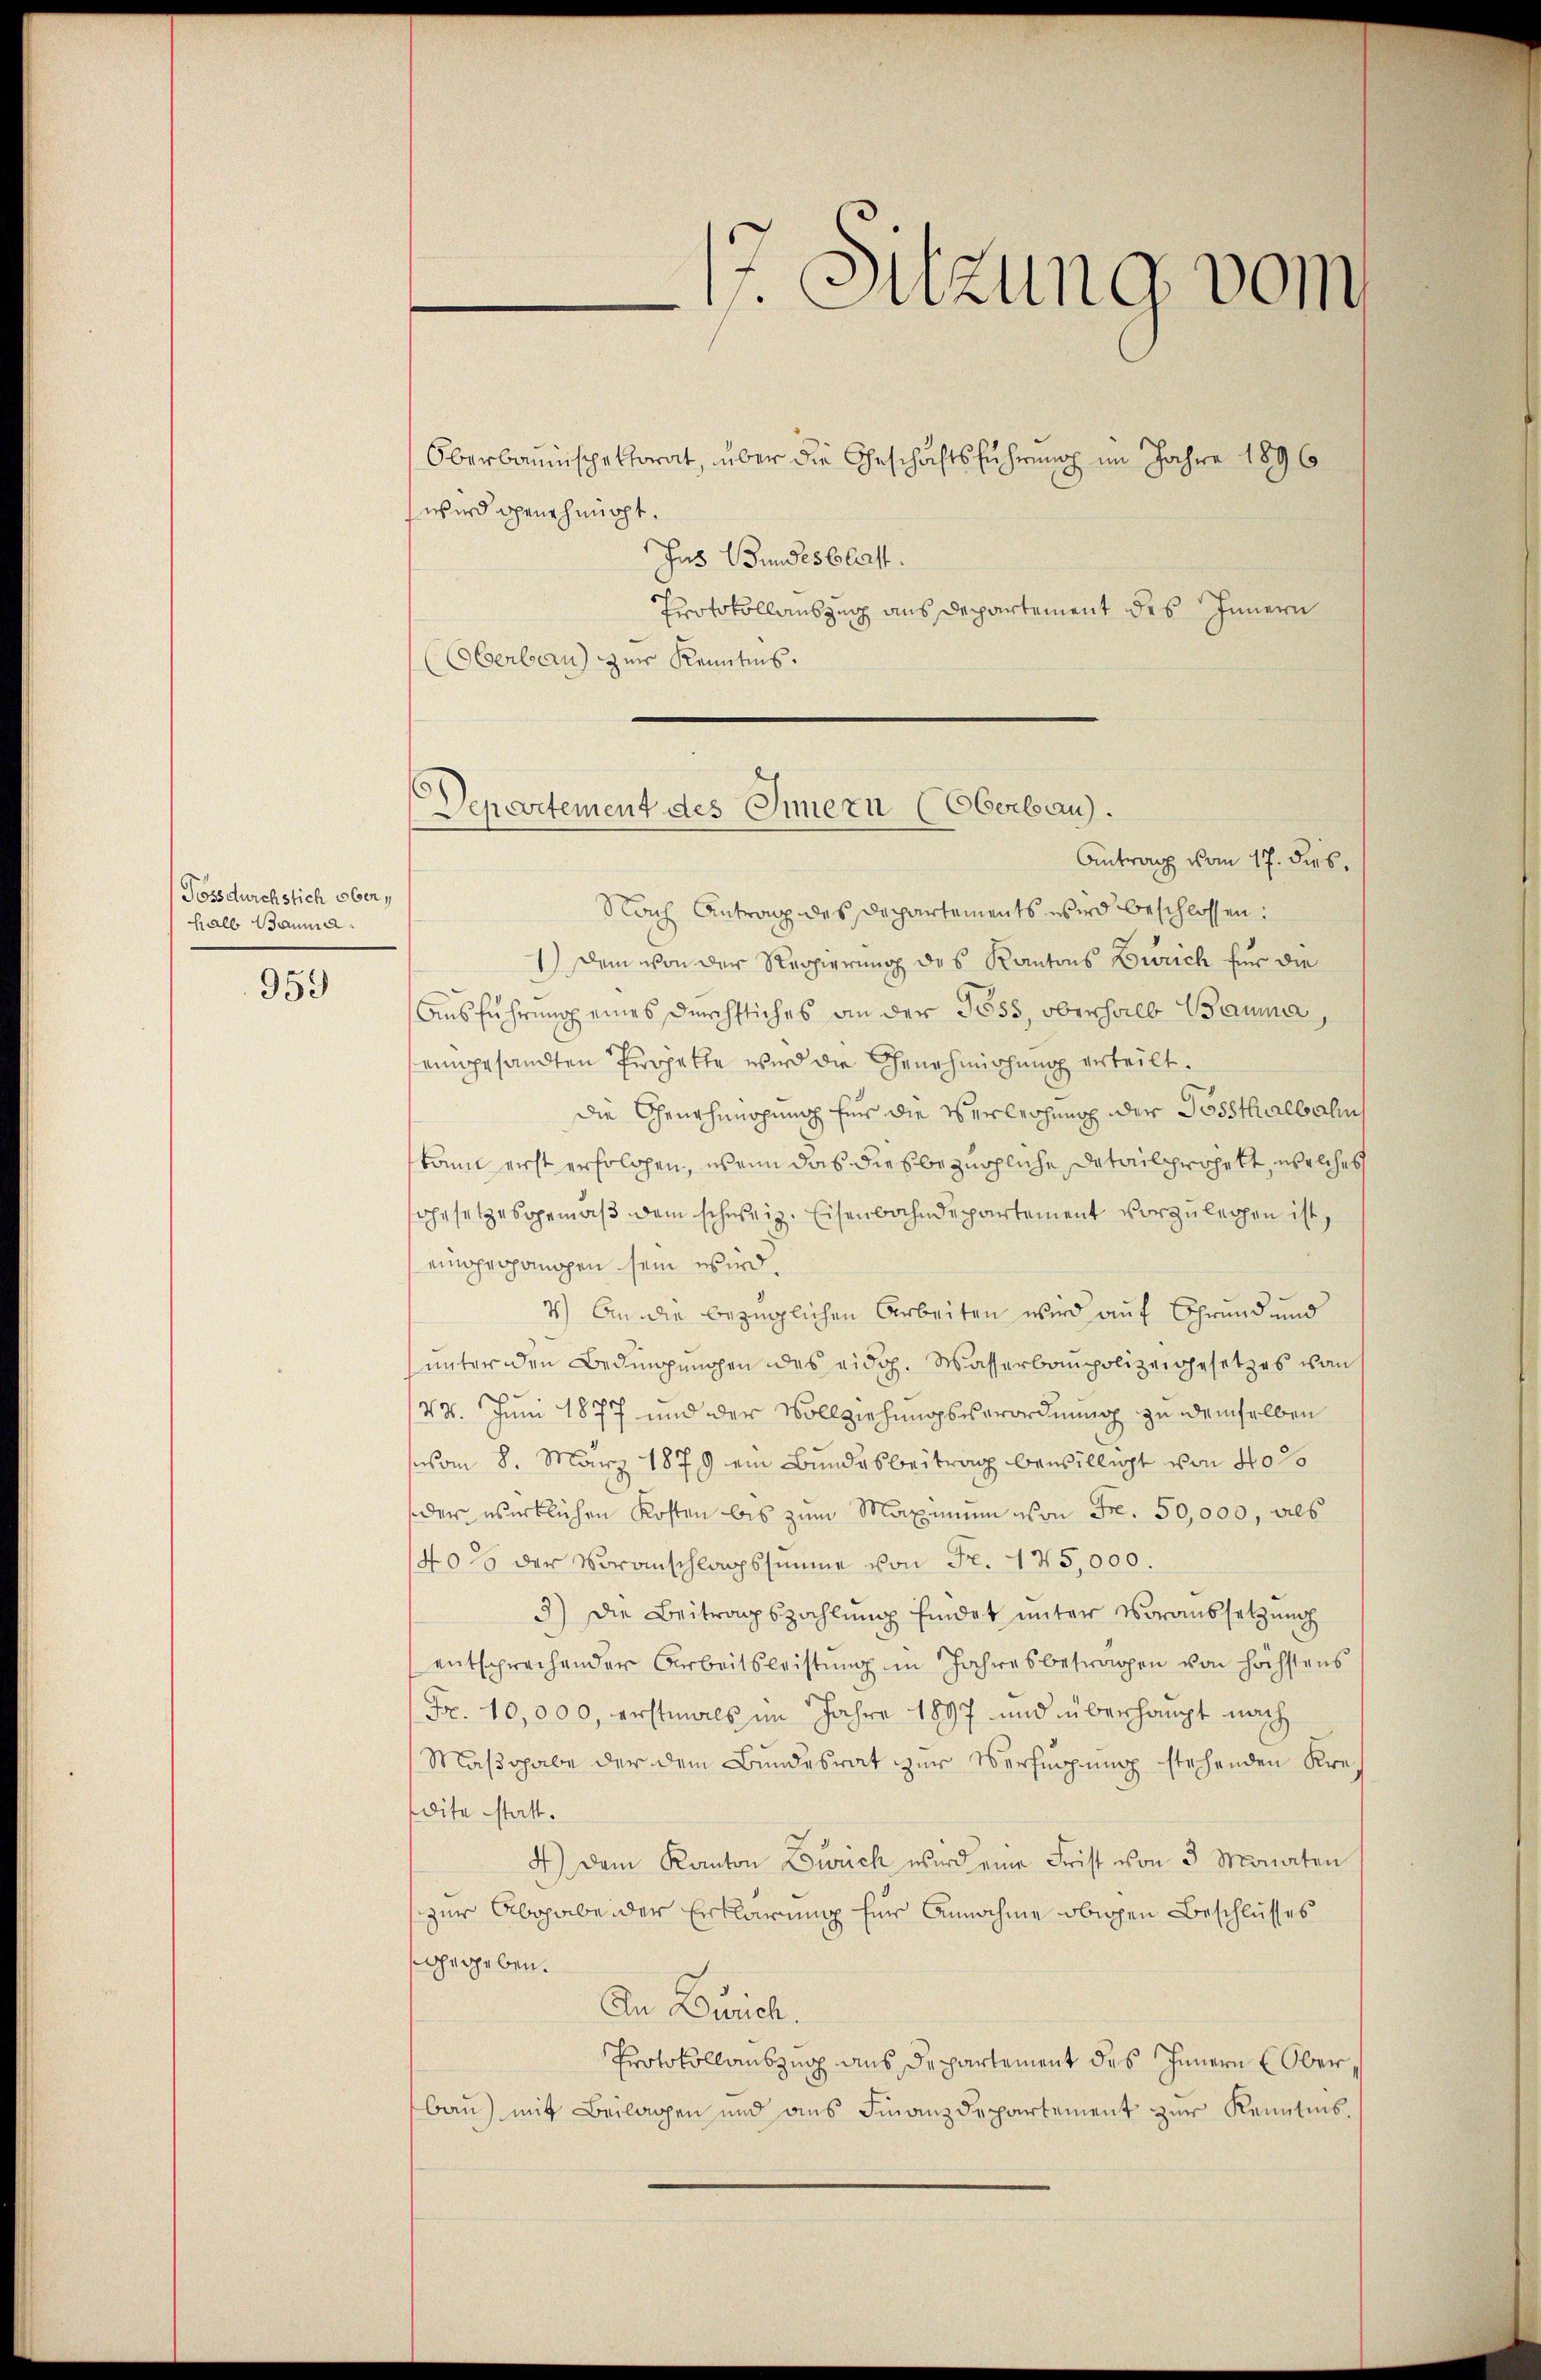
Tossdurchstich ober,
halb Bauma.

959

17. Sitzung vom

Oberbauinspektorat, über die Geschäftsführung im Jahre 1896
wird genehmigt.
Jas Bundesblatt.
Protokollauszug aus Departement des Innern
(Oberbern) zur Kenntnis.

Departement des Innern (Oberbau).

Antrag vom 17. dies,
Nach Antrag des Departements wird beschlossen:
1.) Dem von der Regierung des Kantons Zürich für die
Ausführung eines durchstiches an der Göss, oberhalb Bauma,
eingesandten Projekte wird die Genehmigung erteilt.
die Genehmopunoch für die Verleihung der Possthalbahn
kann erst erfolgen, wenn das diesbezügliche Detailprojekt, welches
sGesetzes gemäß dem schweiz. Eisenbahndepartement vorzulegen ist,
einpropomogen sein wird.
7.) An die bezüglichen Arbeiten wird auf Grund und
unter den Bedingungen des eidg. Wasserbaupolizeigesetzes von
48. Juni 1877 und der Vollziehungsverordnung zu demselben
vom 8. März 1879 ein Bundesbeitrag bewilligt von Hol
der wirklichen Kosten bis zum Maximum von Fr. 50,000, als
40 f der Voranschlagssumme von Fr. 175,000.
3) Die Beitragszahlung findet unter Voraussetzung
entsprechender Arbeitsleistung in Jahresbetragen von höchstens
Fr. 10,000, erstmals im Jahre 1897 und überhaupt nach
Maßgabe der dem Bundesrat zur Verfügung stehenden Kredite statt.
4) Dem Kanton Zürich wird eine Frist von 3 Monaten
zur Abhabe der Erklärung für Annahme obigen Beschlusses
sgegeben.
An Durch.
Protokollauszug aus Departement des Innern Ober
Bau) mit Beilagen und ans Finanzdepartement zur Kenntnis.